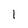
Character: 1